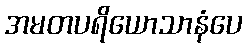
အမတပရိယောသာနံပေ